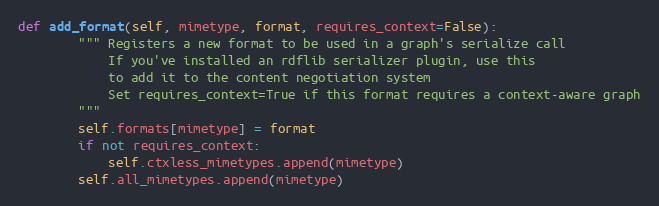
Language: Python
def add_format(self, mimetype, format, requires_context=False):
		""" Registers a new format to be used in a graph's serialize call
		    If you've installed an rdflib serializer plugin, use this
		    to add it to the content negotiation system
		    Set requires_context=True if this format requires a context-aware graph
		"""
		self.formats[mimetype] = format
		if not requires_context:
			self.ctxless_mimetypes.append(mimetype)
		self.all_mimetypes.append(mimetype)